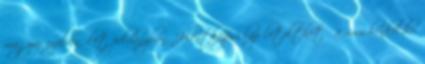
magyar nyelven, két példányban. Jelentkezési lap letölthető a www.henkel.hu